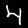
Digit: 4